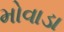
મોવાડા